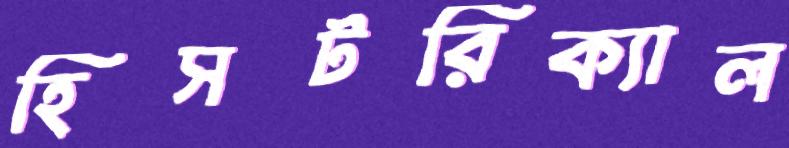
হিসটরিক্যাল